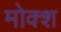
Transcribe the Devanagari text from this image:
मोक्श